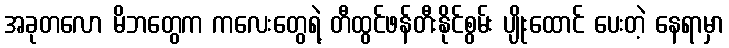
အခုတလော မိဘတွေက ကလေးတွေရဲ့ တီထွင်ဖန်တီးနိုင်စွမ်း ပျိုးထောင် ပေးတဲ့ နေရာမှာ